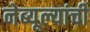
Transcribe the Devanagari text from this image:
नेब्यूल्यांची